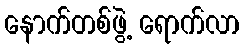
နောက်တစ်ဖွဲ့ ရောက်လာ